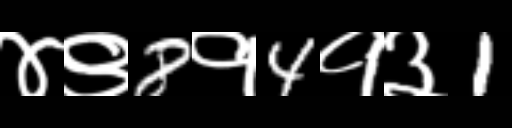
Text: ४९8१4१३1